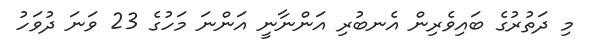
މި ދަތުރުގެ ބައިވެރިން އެނބުރި އަންނާނީ އަންނަ މަހުގެ 23 ވަނަ ދުވަހު